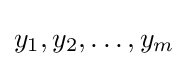
y_{1},y_{2},\ldots ,y_{m}